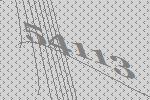
54113